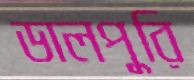
ডালপুরি